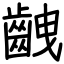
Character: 齥